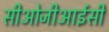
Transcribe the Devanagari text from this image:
सीओजीआईसी